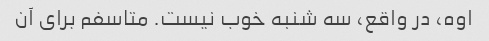
اوه، در واقع، سه شنبه خوب نیست. متاسفم برای آن